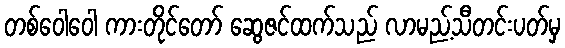
တစ်ဝေါဝေါ ကားတိုင်တော် ဆွေဇင်ထက်သည် လာမည့်သီတင်းပတ်မှ